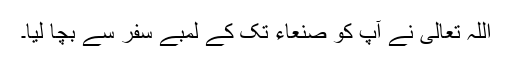
اللہ تعالیٰ نے آپ کو صنعاء تک کے لمبے سفر سے بچا لیا۔